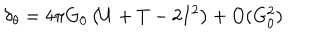
\delta _ { \theta } = 4 \pi G _ { 0 } \left( U + T - 2 I ^ { 2 } \right) + O ( G _ { 0 } ^ { 2 } )